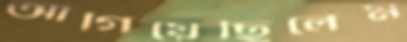
আগিয়েছিলেম